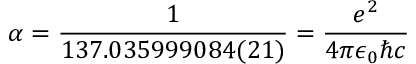
\alpha = \frac { 1 } { 1 3 7 . 0 3 5 9 9 9 0 8 4 ( 2 1 ) } = \frac { e ^ { 2 } } { 4 \pi \epsilon _ { 0 } \hbar c }